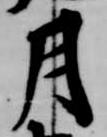
月